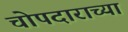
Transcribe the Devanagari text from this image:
चोपदाराच्या